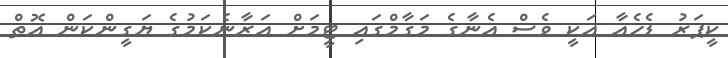
ކީޕަރު ޑެހެއާ އަކީ ވެސް އެނާގެ މަގާމްގައި ޓީމަށް އަރާނެކަމުގެ ޔަގީންކަން އޮތް